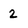
Character: 2